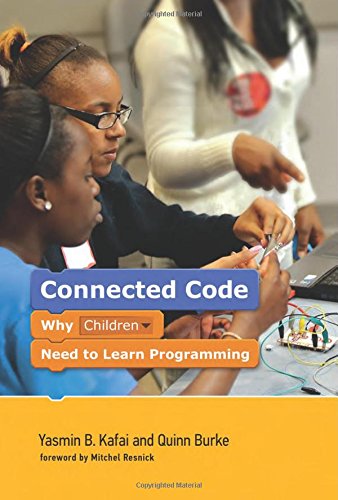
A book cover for Connected Code: Why Children Need to Learn Programming (The John D. and Catherine T. MacArthur Foundation Series on Digital Media and                Learning); Yasmin B. Kafai; Computers & Technology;